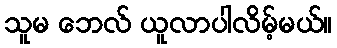
သူမ ဘေလ် ယူလာပါလိမ့်မယ်။